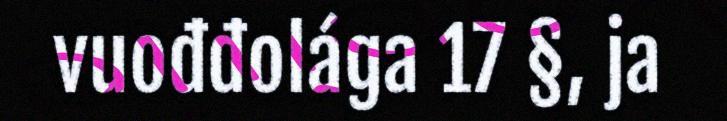
vuođđolága 17 §, ja